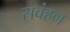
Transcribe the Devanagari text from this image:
सवंहन